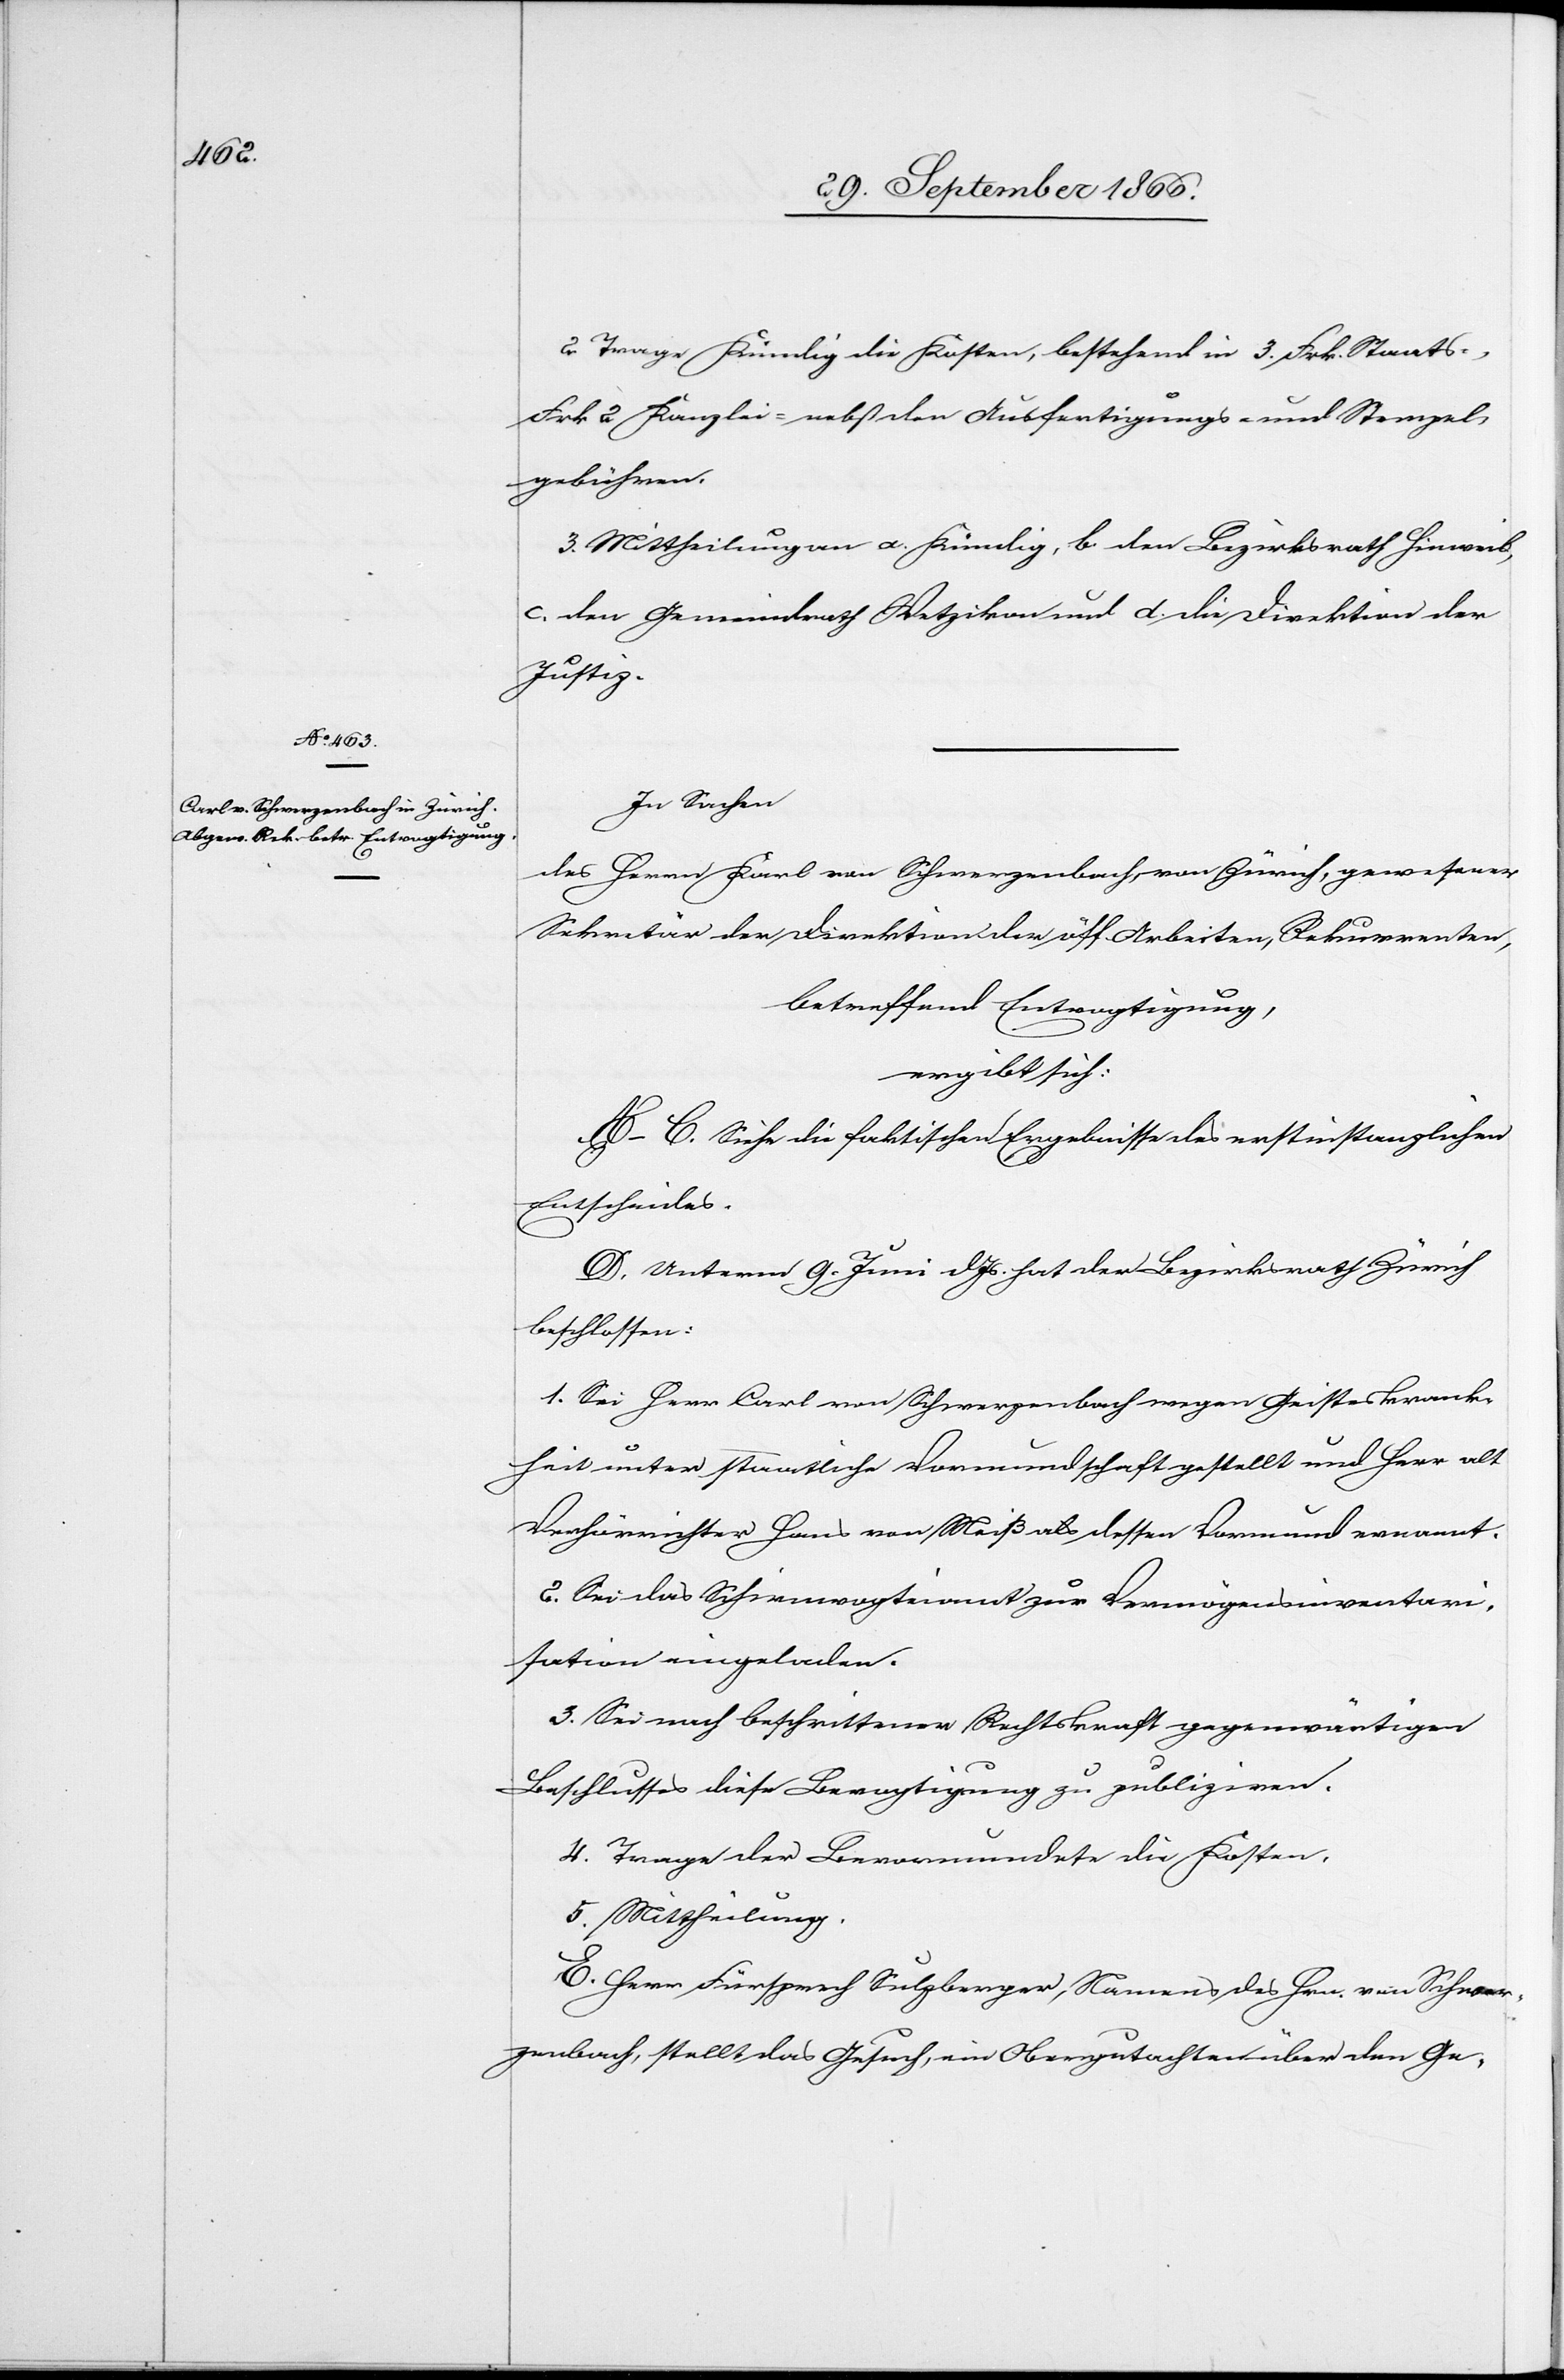
M.

Justiz.
In Sachen
ergibt sich:
und B. Siehe die faktischen Ergebnisse des erstinstanzlichen
Entscheides.
C. Unterm 22. August d. Js. hat der Bezirksrath Hinweil
beschlossen:
III. Mittheilung.